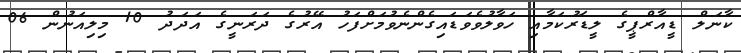
ކާނަލް ޑީއާރްޕީގެ ލީޑަރުކަމާއި ހަވާލުވެވަޑައިގެންނެވުމަށްފަހު އޭރުގެ ދަރަނީގެ އަދަދު 10 މިލިއަނުން 06